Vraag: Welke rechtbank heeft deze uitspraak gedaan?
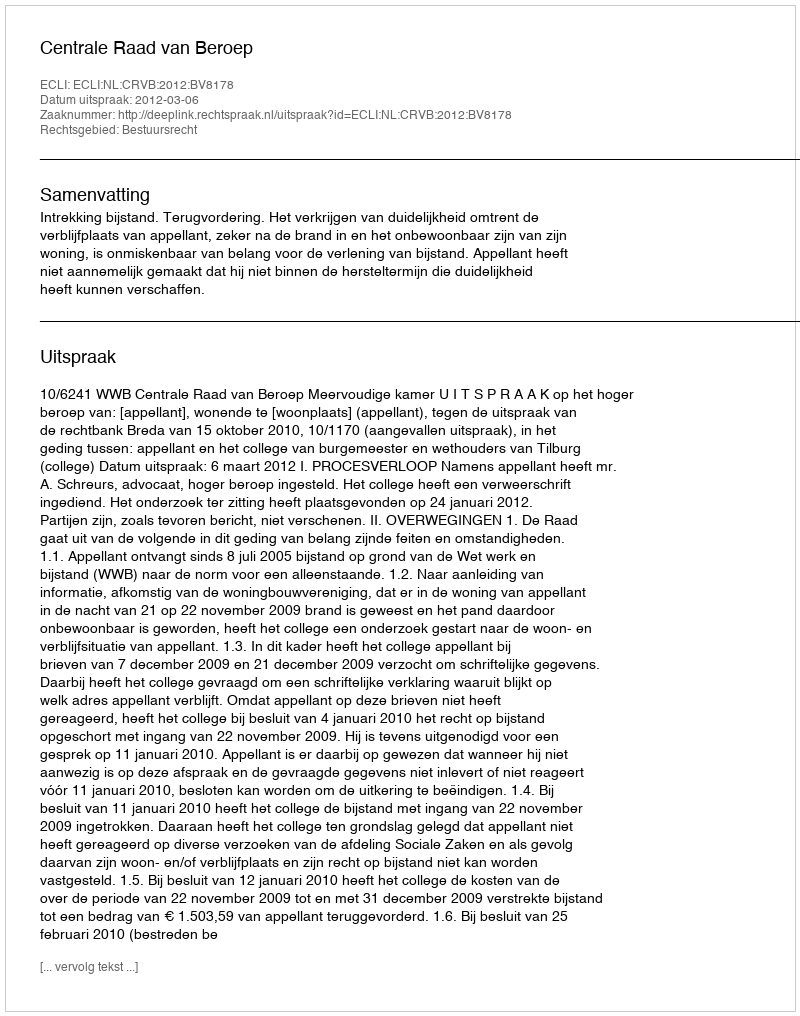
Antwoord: Centrale Raad van Beroep